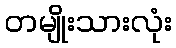
တမျိုးသားလုံး